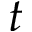
t